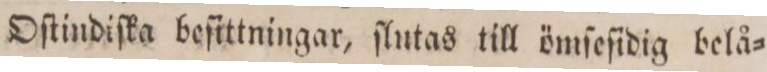
Oſtindiſka beſittningar, ſlutas till ömſeſidig belå=